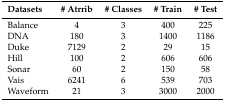
<table><thead><tr><td><b>Datasets</b></td><td><b># Atrrib</b></td><td><b># Classes</b></td><td><b># Train</b></td><td><b># Test</b></td></tr></thead><tbody><tr><td>Balance</td><td>4</td><td>3</td><td>400</td><td>225</td></tr><tr><td>DNA</td><td>180</td><td>3</td><td>1400</td><td>1186</td></tr><tr><td>Duke</td><td>7129</td><td>2</td><td>29</td><td>15</td></tr><tr><td>Hill</td><td>100</td><td>2</td><td>606</td><td>606</td></tr><tr><td>Sonar</td><td>60</td><td>2</td><td>150</td><td>58</td></tr><tr><td>Vais</td><td>6241</td><td>6</td><td>539</td><td>703</td></tr><tr><td>Waveform</td><td>21</td><td>3</td><td>3000</td><td>2000</td></tr></tbody></table>